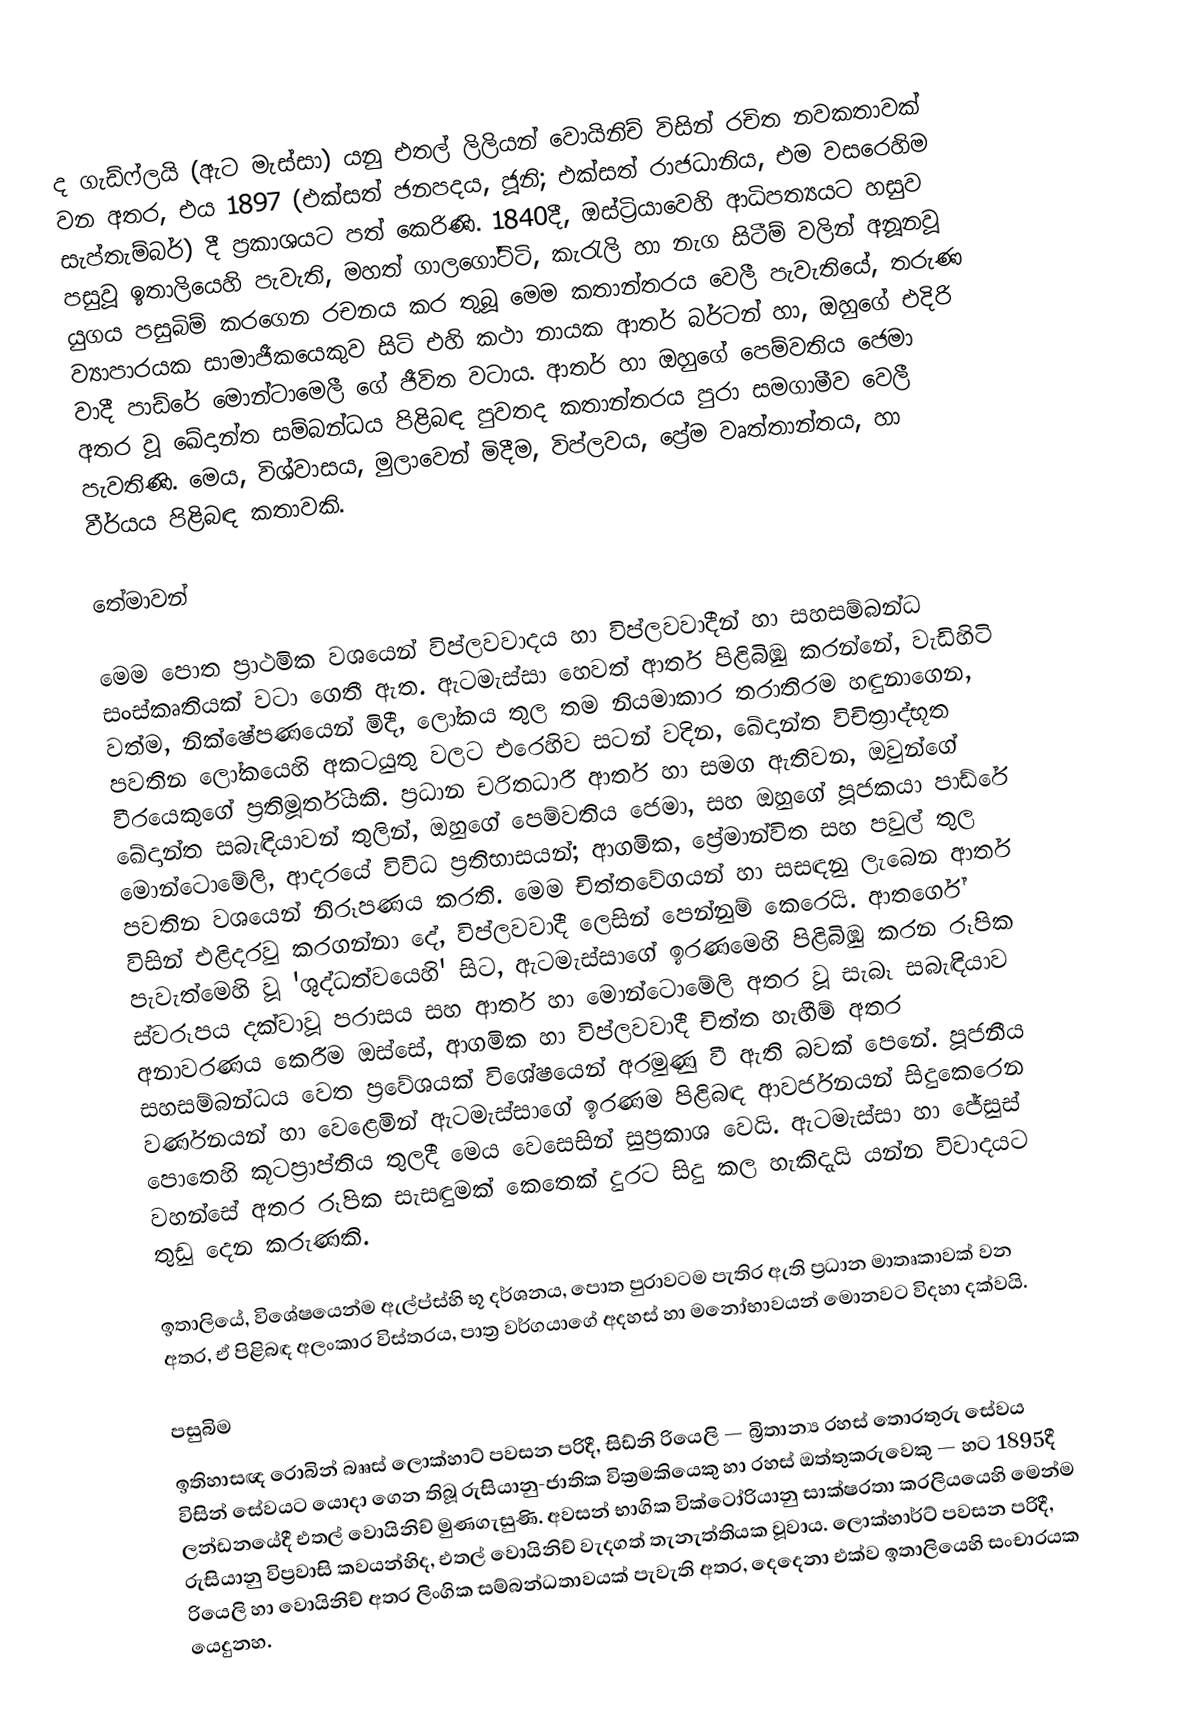
ද ගැඩ්ෆ්ලයි (ඇට මැස්සා) යනු  එතල් ලිලියන් වොයිනිච් විසින් රචිත නවකතාවක් වන අතර, එය 1897 (එක්සත් ජනපදය, ජූනි; එක්සත් රාජධානිය, එම වසරෙහිම සැප්තැම්බර්) දී ප්‍රකාශයට පත් කෙරිණි.  1840දී,  ඔස්ට්‍රියාවෙහි ආධිපත්‍යයට හසුව පසුවූ ඉතාලියෙහි පැවැති, මහත් ගාලගෝට්ටි, කැරැලි හා නැග සිටීම් වලින් අනූනවූ යුගය පසුබිම් කරගෙන රචනය කර තුබූ මෙම කතාන්තරය වෙලී පැවැතියේ,  තරුණ ව්‍යාපාරයක සාමාජීකයෙකුව සිටි  එහි කථා නායක ආතර් බර්ටන්  හා,  ඔහුගේ එදිරි වාදී පාඩ්රේ  මොන්ටාමෙලී ගේ ජීවිත වටාය. ආතර් හා ඔහුගේ පෙම්වතිය ජෙමා අතර වූ ඛේදාන්ත සම්බන්ධය පිළිබඳ පුවතද කතාන්තරය පුරා සමගාමීව වෙලී පැවතිණි. මෙය, විශ්වාසය, මුලාවෙන් මිදීම, විප්ලවය, ප්‍රේම වෘත්තාන්තය, හා වීර්යය පිළිබඳ කතාවකි.

තේමාවන්

මෙම පොත ප්‍රාථමික වශයෙන්  විප්ලවවාදය හා විප්ලවවාදීන් හා සහසම්බන්ධ සංස්කෘතියක් වටා ගෙතී ඇත. ඇටමැස්සා හෙවත් ආතර් පිළිබිඹු කරන්නේ,  වැඩිහිටි වත්ම,  නික්ෂේපණයෙන් මිදී,  ලෝකය තුල තම නියමාකාර තරාතිරම හඳුනාගෙන,  පවතින ලෝකයෙහි අකටයුතු වලට එරෙහිව සටන් වදින, ඛේදාන්ත විචිත්‍රාද්භූත වීරයෙකුගේ ප්‍රතිමූර්තියකි. ප්‍රධාන චරිතධාරී ආතර් හා සමග ඇතිවන, ඔවුන්ගේ ඛේදාන්ත සබැඳියාවන් තුලින්,  ඔහුගේ පෙම්වතිය ජෙමා, සහ ඔහුගේ පූජකයා පාඩ්රේ මොන්ටොමේලි, ආදරයේ විවිධ  ප්‍රතිභාසයන්; ආගමික, ප්‍රේමාන්විත සහ පවුල් තුල පවතින වශයෙන් නිරූපණය කරති. මෙම චිත්තවේගයන් හා සසඳනු ලැබෙන ආතර් විසින් එළිදරවු කරගන්නා දේ, විප්ලවවාදී ලෙසින් පෙන්නුම් කෙරෙයි. ආතර්ගේ පැවැත්මෙහි වූ 'ශුද්ධත්වයෙහි' සිට, ඇටමැස්සාගේ  ඉරණමෙහි පිළිබිඹු කරන රූපික ස්වරූපය දක්වාවූ පරාසය සහ ආතර් හා මොන්ටොමේලි අතර වූ සැබෑ සබැඳියාව අනාවරණය කෙරීම ඔස්සේ,  ආගමික හා විප්ලවවාදී චිත්ත හැඟීම් අතර සහසම්බන්ධය වෙත ප්‍රවේශයක් විශේෂයෙන් අරමුණු වී ඇති බවක් පෙනේ. පූජනීය වර්ණනයන් හා වෙළෙමින් ඇටමැස්සාගේ ඉරණම පිළිබඳ ආවර්ජනයන් සිදුකෙරෙන පොතෙහි කූටප්‍රාප්තිය තුලදී මෙය වෙසෙසින් සුප්‍රකාශ වෙයි. ඇටමැස්සා හා ජේසුස් වහන්සේ අතර රූපික සැසඳුමක් කෙතෙක් දුරට සිදු කල හැකිදැයි යන්න විවාදයට තුඩු දෙන කරුණකි.

ඉතාලියේ, විශේෂයෙන්ම  ඇල්ප්ස්හි භූ දර්ශනය, පොත පුරාවටම පැතිර ඇති ප්‍රධාන මාතෘකාවක් වන අතර,  ඒ පිළිබඳ අලංකාර විස්තරය, පාත්‍ර වර්ගයාගේ අදහස් හා මනෝභාවයන් මොනවට විදහා දක්වයි.

පසුබිම
ඉතිහාසඥ රොබින් බෲස් ලොක්හාට් පවසන පරිදී, සිඩ්නි රියෙලි — බ්‍රිතාන්‍ය රහස් තොරතුරු සේවය විසින් සේවයට යොදා ‍ගෙන තිබූ රුසියානු-ජාතික වික්‍රමකියෙකු හා රහස් ඔත්තුකරුවෙකු  — හට 1895දී ලන්ඩනයේදී එතල් වොයිනිච් මුණගැසුණි. අවසන් භාගික වික්ටෝරියානු සාක්ෂරතා කරලියයෙහි මෙන්ම රුසියානු විප්‍රවාසි කවයන්හිද, එතල් වොයිනිච් වැදගත් තැනැත්තියක වූවාය. ලොක්හාර්ට් පවසන පරිදී, රියෙලි හා වොයිනිච් අතර ලිංගික සම්බන්ධතාවයක් පැවැති අතර, දෙදෙනා එක්ව ඉතාලියෙහි සංචාරයක යෙදුනහ.